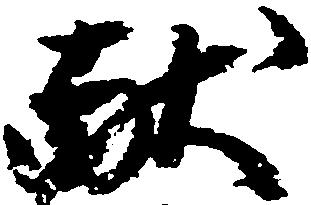
献